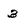
Character: 3